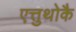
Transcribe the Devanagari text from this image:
एत्तुथोकै